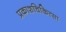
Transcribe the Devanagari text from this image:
प्रकाशचिकित्सा